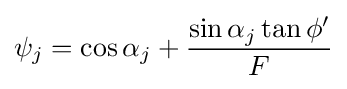
\psi _{j}=\cos \alpha _{j}+{\frac {\sin \alpha _{j}\tan \phi '}{F}}